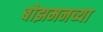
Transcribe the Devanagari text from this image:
बोझमनच्या